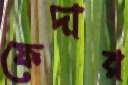
ফেদার